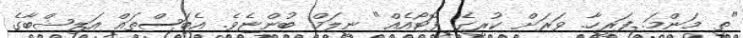
"ތީ މަންމަ. ފަރީހާ. ވަރަށް ކުރީގެ ފޮޓޯއެއް" ނީލަމް ބުންޏެވެ. އެބަސްތައް އަލިޝްބާގެ